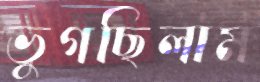
ভুগছিলাম